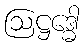
ဩဋ္ဌဒ္ဓေါ